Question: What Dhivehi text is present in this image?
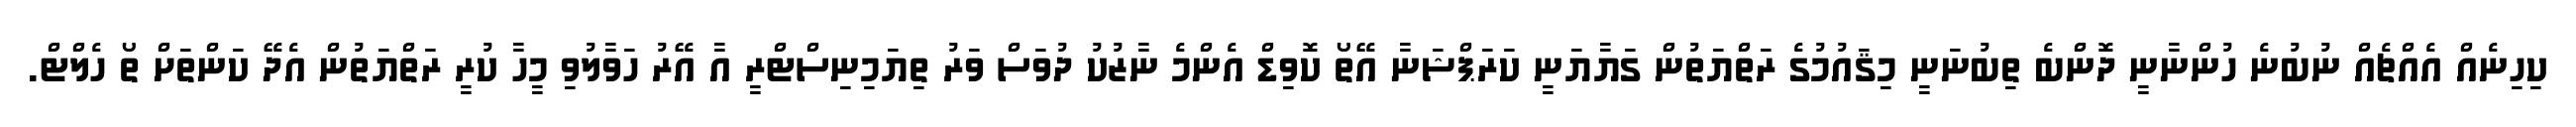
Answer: ކިހިނެއް އެއްޗެއް ނުބުނެ ހުންނާނީ ދޮންބެ ތިބުނަނީ މިޤައުމުގެ ރަތްޔަތުން ގަޔާޔަނީ ކަރަޕްޝަނާ އޭތޯ ކޮވިޑް އެންމެ ނާޒުކު ދުވަސް ވަރު ތިޔަމިނިސްޓްރީ އާ އޭރު ހަވާލުވި މީހާ ކުރީ ރަތްޔަތުން އެދޭ ކަންތަށް ތޯ ހެލްޓް.